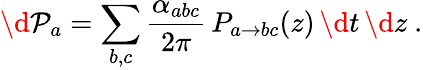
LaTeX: \d{\cal P}_{a}=\sum_{b,c}\frac{\alpha_{abc}}{2\pi}\, P_{a\to bc}(z)\, \d t\, \d z~.